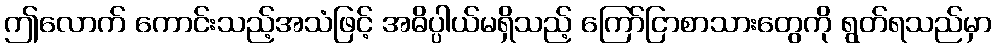
ဤလောက် ကောင်းသည့်အသံဖြင့် အဓိပ္ပါယ်မရှိသည့် ကြော်ငြာစာသားတွေကို ရွတ်ရသည်မှာ